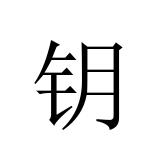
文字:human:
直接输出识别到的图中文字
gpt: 钥